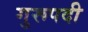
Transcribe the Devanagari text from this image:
गुरूपदी